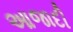
આજાદી